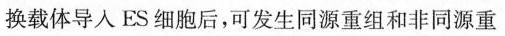
换载体导入ES细胞后，可发生同源重组和非同源重